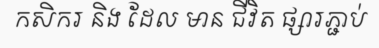
កសិករ និង ដែល មាន ជីវិត ផ្សារភ្ជាប់